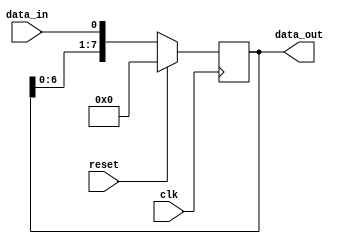
module hc164(
    input data_in,
    input reset,
    input clk,
    output reg [7:0] data_out
    );
    
    initial data_out = 8'b00000001;
    
    always @(posedge clk) begin
        if (reset) begin
            data_out = 8'b00000000;
        end
        
        else begin
            data_out = {data_out[6:0], data_in};
        end
    end
endmodule